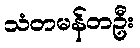
သံတမန်တဦး